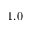
1 . 0